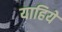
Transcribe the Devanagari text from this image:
याहिये